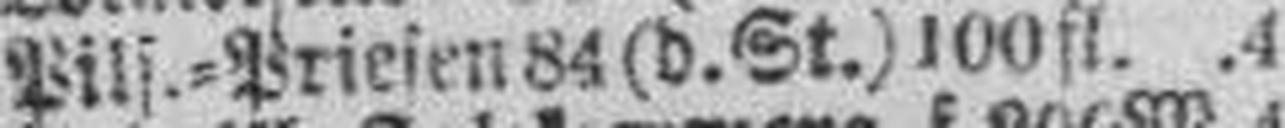
Pils.=Priesen 84 (d. St.) 100 fl. 4%